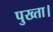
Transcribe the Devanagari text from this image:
पुख्ता।